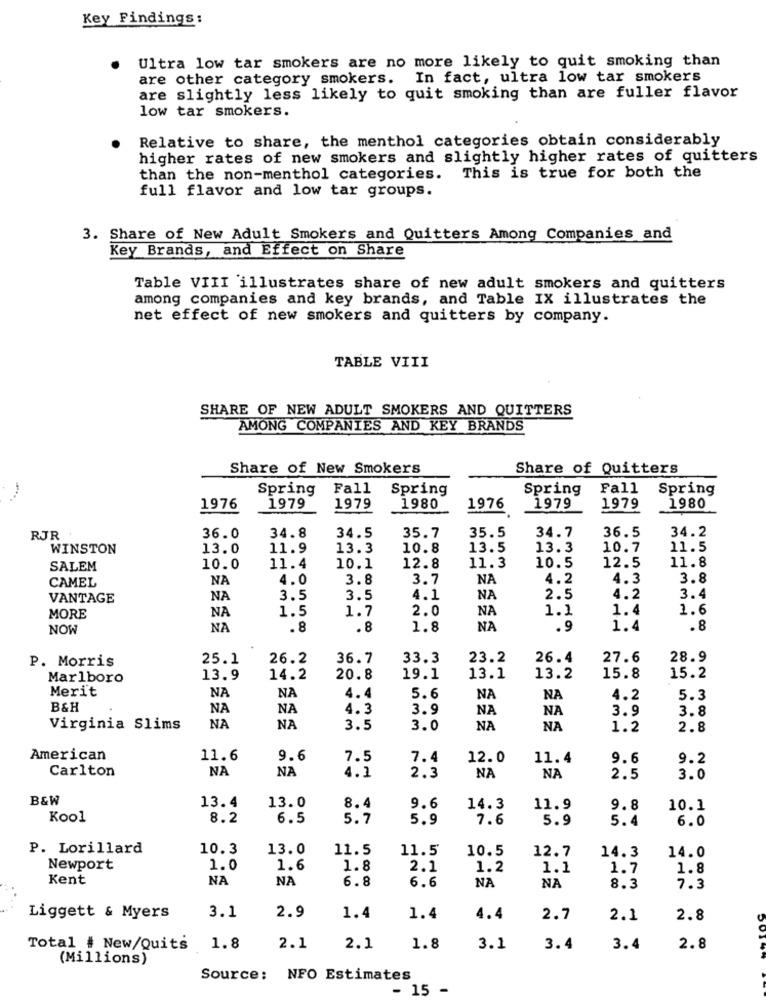
Key Findings:
Ultra low tar smokers are no more likely to quit smoking than
are other category smokers. In fact, ultra low tar smokers
are slightly less likely to quit smoking than are fuller flavor
low tar smokers.
Relative to share, the menthol categories obtain considerably
higher rates of new smokers and slightly higher rates of quitters
than the non-menthol categories. This is true for both the
full flavor and low tar groups.
3. Share of New Adult Smokers and Quitters Among Companies and
Key Brands, and Effect on Share
Table VIII illustrates share of new adult smokers and quitters
among companies and key brands, and Table IX illustrates the
net effect of new smokers and quitters by company.
TABLE VIII
SHARE OF NEW ADULT SMOKERS AND QUITTERS
AMONG COMPANIES AND KEY BRANDS
Share of New Smokers
Share of Quitters
Spring
Fall
Spring
Spring
Fall
Spring
1976
1979
1979
1980
1976
1979
1979
1980
34.5
35.5
34.7
36.5
34.2
RJR
36.0
34.8
35.7
WINSTON
13.0
11.9
13.3
10.8
13.5
13.3
10.7
11.5
10.5
11.8
SALEM
10.0
11.4
10.1
12.8
11.3
12.5
CAMEL
NA
4.0
3.8
3.7
NA
4.2
4.3
3.8
VANTAGE
NA
3.5
3.5
4.1
NA
2.5
4.2
3.4
1.5
1.7
2.0
NA
1.1
1.4
1.6
MORE
NA
NOW
NA
.8
.8
1.8
NA
.9
1.4
.8
P. Morris
25.1
26.2
36.7
33.3
23.2
26.4
27.6
28.9
Marlboro
13.9
14.2
20.8
19.1
13.1
13.2
15.8
15.2
Merit
NA
NA
4.4
5.6
NA
NA
4.2
5.3
B&H
NA
NA
4.3
3.9
NA
NA
3.9
3.8
NA
Virginia Slims
NA
3.5
3.0
NA
NA
1.2
2.8
American
11.6
9.6
7.5
7.4
12.0
11.4
9.6
9.2
Carlton
NA
NA
4.1
2.3
NA
NA
2.5
3.0
B&W
13.4
13.0
8.4
9.6
14.3
11.9
9.8
10.1
Kool
8.2
6.5
5.7
5.9
7.6
5.9
5.4
6.0
P. Lorillard
10.3
13.0
11.5
11.5
10.5
12.7
14.3
14.0
Newport
1.0
1.6
1.8
2.1
1.2
1.1
1.7
1.8
Kent
NA
NA
6.8
6.6
NA
NA
8.3
7.3
3.1
2.9
Liggett & Myers
1.4
1.4
4.4
2.7
2.1
2.8
Total # New/Quits
1.8
2.1
2.1
1.8
3.1
3.4
3.4
2.8
(Millions)
Source: NFO Estimates
· 15